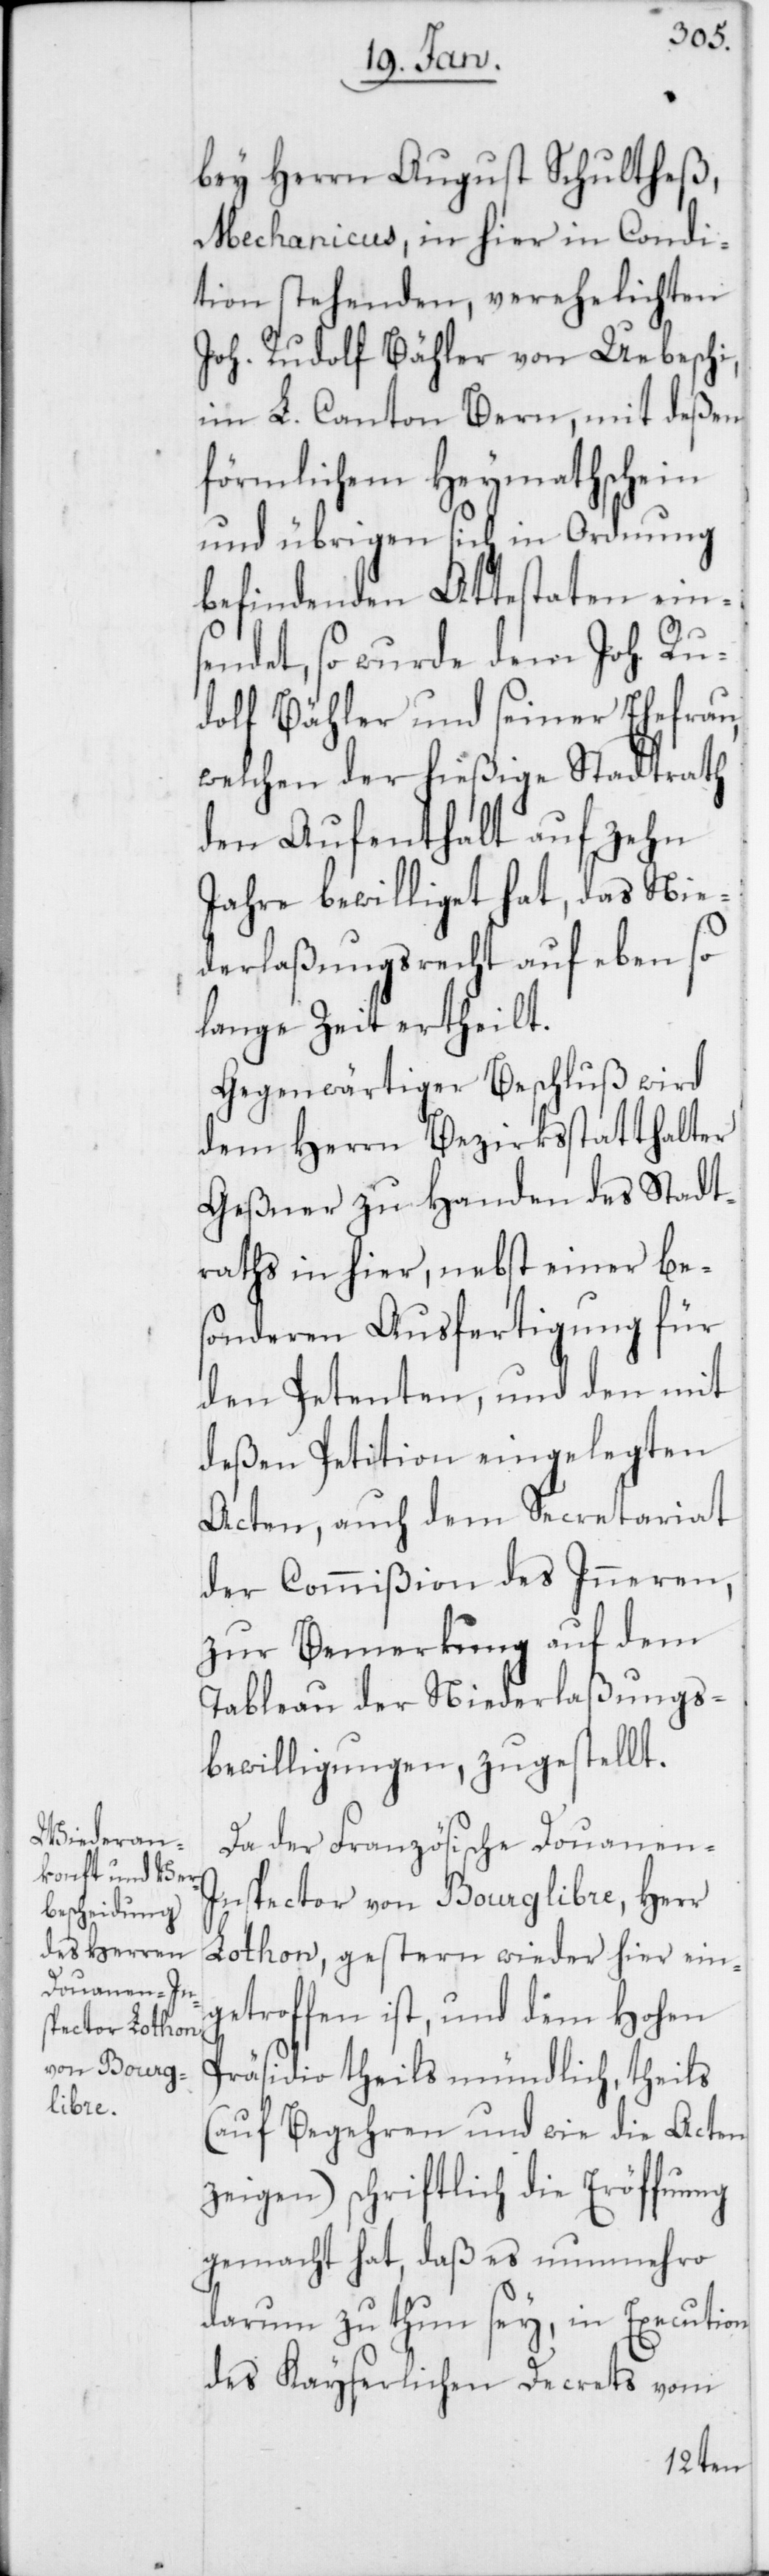
bey Herren August Schultheß,
Mechanicus, in hier in Condi¬
tion stehenden, verehelichten
Joh. Rudolf Bähler von Ueberschi
im L. Canton Bern, mit deßen
förmlichem Heymathschein
und übrigen sich in Ordnung
befindenden Attestaten eins¬
endet, so wurde dem Joh. Ru¬
dolf Bähler und seiner Ehefrau,
welchen der hießige Stadtrath
den Aufenthalt auf zehn
Jahre bewilliget hat, das Nie¬
derlaßungsrecht auf eben so
lange Zeit ertheilt.
Gegenwärtiger Beschluß wird
dem Herrn Bezirksstatthalter
Geßner zu Handen des Stadt¬
raths in hier, nebst einer be¬
sonderen Ausfertigung für
den Petenten, und den mit
deßen Petition eingelegten
Acten, auch dem Secretariat
der Commißion des Inneren,
zur Bemerkung auf dem
Tableau der Niederlaßungs¬
bewilligungen, zugestellt.
Da der Französische Douanen-I¬
nspector von Bourglibre, Herr
Lothon, gestern wieder hier ein¬
getroffen ist, und dem Hohen
Präsidio theils mündlich, theils
(auf Begehren und wie die Acten
zeigen) schriftlich die Eröffnung
gemacht hat, daß es nunmehro
darum zu thun sey, in Execution
des Kayserlichen Decrets vom